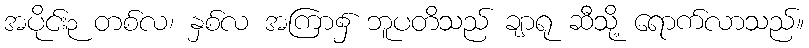
အပိုင်း၃ တစ်လ၊ နှစ်လ အကြာ၌ ဘူပတိသည် ချာရု ဆီသို့ ရောက်လာသည်။